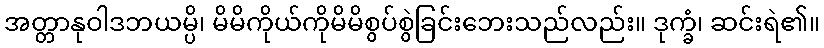
အတ္တာနုဝါဒဘယမ္ပိ၊ မိမိကိုယ်ကိုမိမိစွပ်စွဲခြင်းဘေးသည်လည်း။ ဒုက္ခံ၊ ဆင်းရဲ၏။